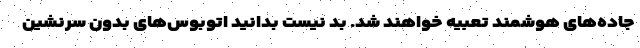
جاده‌های هوشمند تعبیه خواهند شد. بد نیست بدانید اتوبوس‌های بدون سرنشین